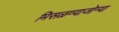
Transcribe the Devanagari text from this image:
मिसळण्याजोग्या